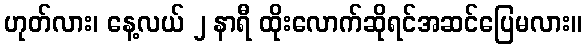
ဟုတ်လား၊ နေ့လယ် ၂ နာရီ ထိုးလောက်ဆိုရင်အဆင်ပြေမလား။